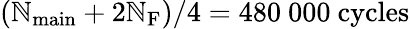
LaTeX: (\mathbb{N}_{\mathrm{{main}}}+2\mathbb{N}_{\mathrm{{F}}})/4=480~000~\mathrm{{cycles}}